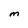
Character: m